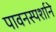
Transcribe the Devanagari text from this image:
पावनस्पर्शाने